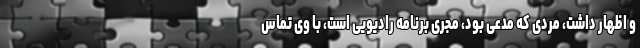
و اظهار داشت، مردی که مدعی بود، مجری برنامه رادیویی است، با وی تماس